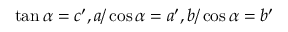
\tan \alpha = c ^ { \prime } , a / \cos \alpha = a ^ { \prime } , b / \cos \alpha = b ^ { \prime }